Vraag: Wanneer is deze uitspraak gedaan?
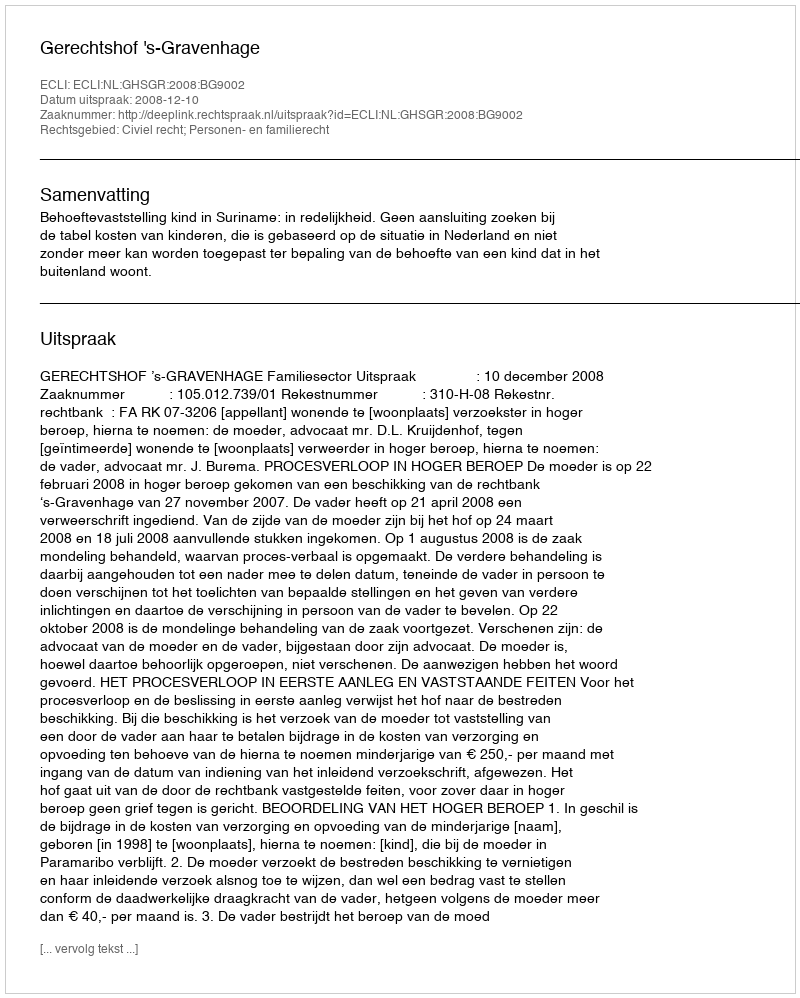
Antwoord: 2008-12-10